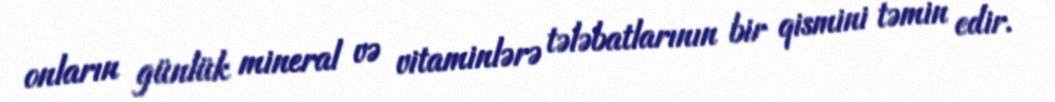
onların günlük mineral və vitaminlərə tələbatlarının bir qismini təmin edir.